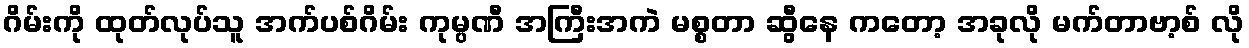
ဂိမ်းကို ထုတ်လုပ်သူ အက်ပစ်ဂိမ်း ကုမ္ပဏီ အကြီးအကဲ မစ္စတာ ဆွီနေ ကတော့ အခုလို မက်တာဗာ့စ် လို